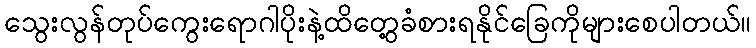
သွေးလွန်တုပ်ကွေးရောဂါပိုးနဲ့ထိတွေ့ခံစားရနိုင်ခြေကိုများစေပါတယ်။